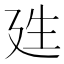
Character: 𭚕